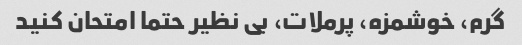
گرم، خوشمزه، پرملات، بی نظیر حتما امتحان کنید